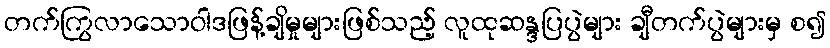
တက်ကြွလာသောဝါဒဖြန့်ချိမှုများဖြစ်သည့် လူထုဆန္ဒပြပွဲများ ချီတက်ပွဲများမှ စ၍